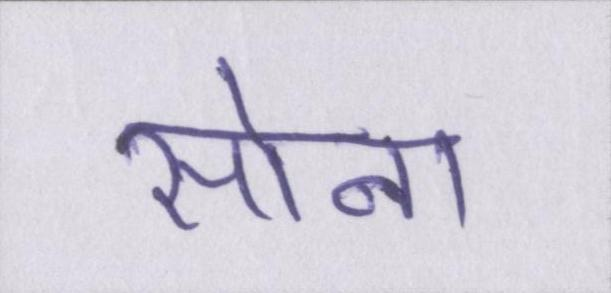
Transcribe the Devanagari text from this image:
सोना